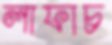
লাফাচ